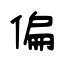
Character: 偏